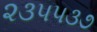
૨૩૫૫૩૭